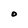
Character: O